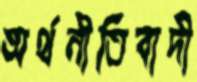
অর্থনীতিবাদী